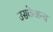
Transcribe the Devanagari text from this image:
उसकेअन्य